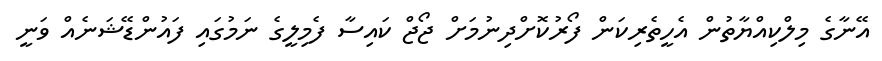
އޭނާގެ މިލްކިއްޔާތުން އެހީތެރިކަން ފޯރުކޮށްދިނުމަށް ޖޯޖް ކައިސާ ފެމިލީގެ ނަމުގައި ފައުންޑޭޝަނެއް ވަނީ